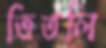
তিতলি